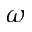
\omega